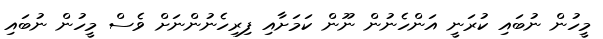
މީހުން ނުބައި ކުރަނީ އަންހެނުން ނޫން ކަމަށާއި ފިރިހެނުންނަށް ވެސް މީހުން ނުބައި